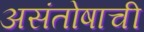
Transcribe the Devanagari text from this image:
असंतोषाची